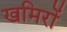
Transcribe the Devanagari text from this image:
खमिरों